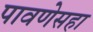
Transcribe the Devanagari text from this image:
पावणेसहा